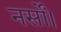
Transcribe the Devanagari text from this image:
नर्सों।